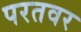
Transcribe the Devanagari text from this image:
परतवर